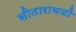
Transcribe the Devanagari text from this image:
सीतारामजी